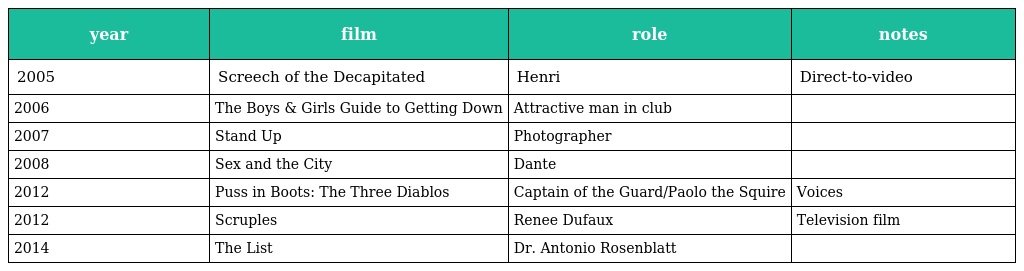
| year | film | role | notes |
 | --- | --- | --- | --- |
 | 2005 | Screech of the Decapitated | Henri | Direct-to-video |
 | 2006 | The Boys & Girls Guide to Getting Down | Attractive man in club |  |
 | 2007 | Stand Up | Photographer |  |
 | 2008 | Sex and the City | Dante |  |
 | 2012 | Puss in Boots: The Three Diablos | Captain of the Guard/Paolo the Squire | Voices |
 | 2012 | Scruples | Renee Dufaux | Television film |
 | 2014 | The List | Dr. Antonio Rosenblatt |  |